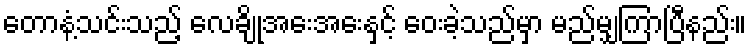
တောနံ့သင်းသည့် လေချိုအေးအေးနှင့် ဝေးခဲ့သည်မှာ မည်မျှကြာပြီနည်း။